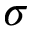
\sigma